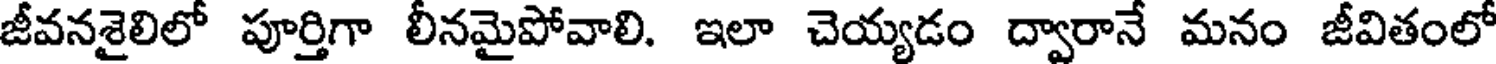
జీవనశైలిలో పూర్తిగా లీనమైపోవాలి. ఇలా చెయ్యడం ద్వారానే మనం జీవితంలో